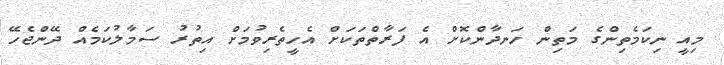
މިއީ ނިކަމެތިންގެ މަތިން ހަނދާންކޮށް އެ ފަރާތްތަކަށް އެހީތެރިވުމަށް އިތުރު ސަމާލުކަމެއް ދޭންޖެހޭ